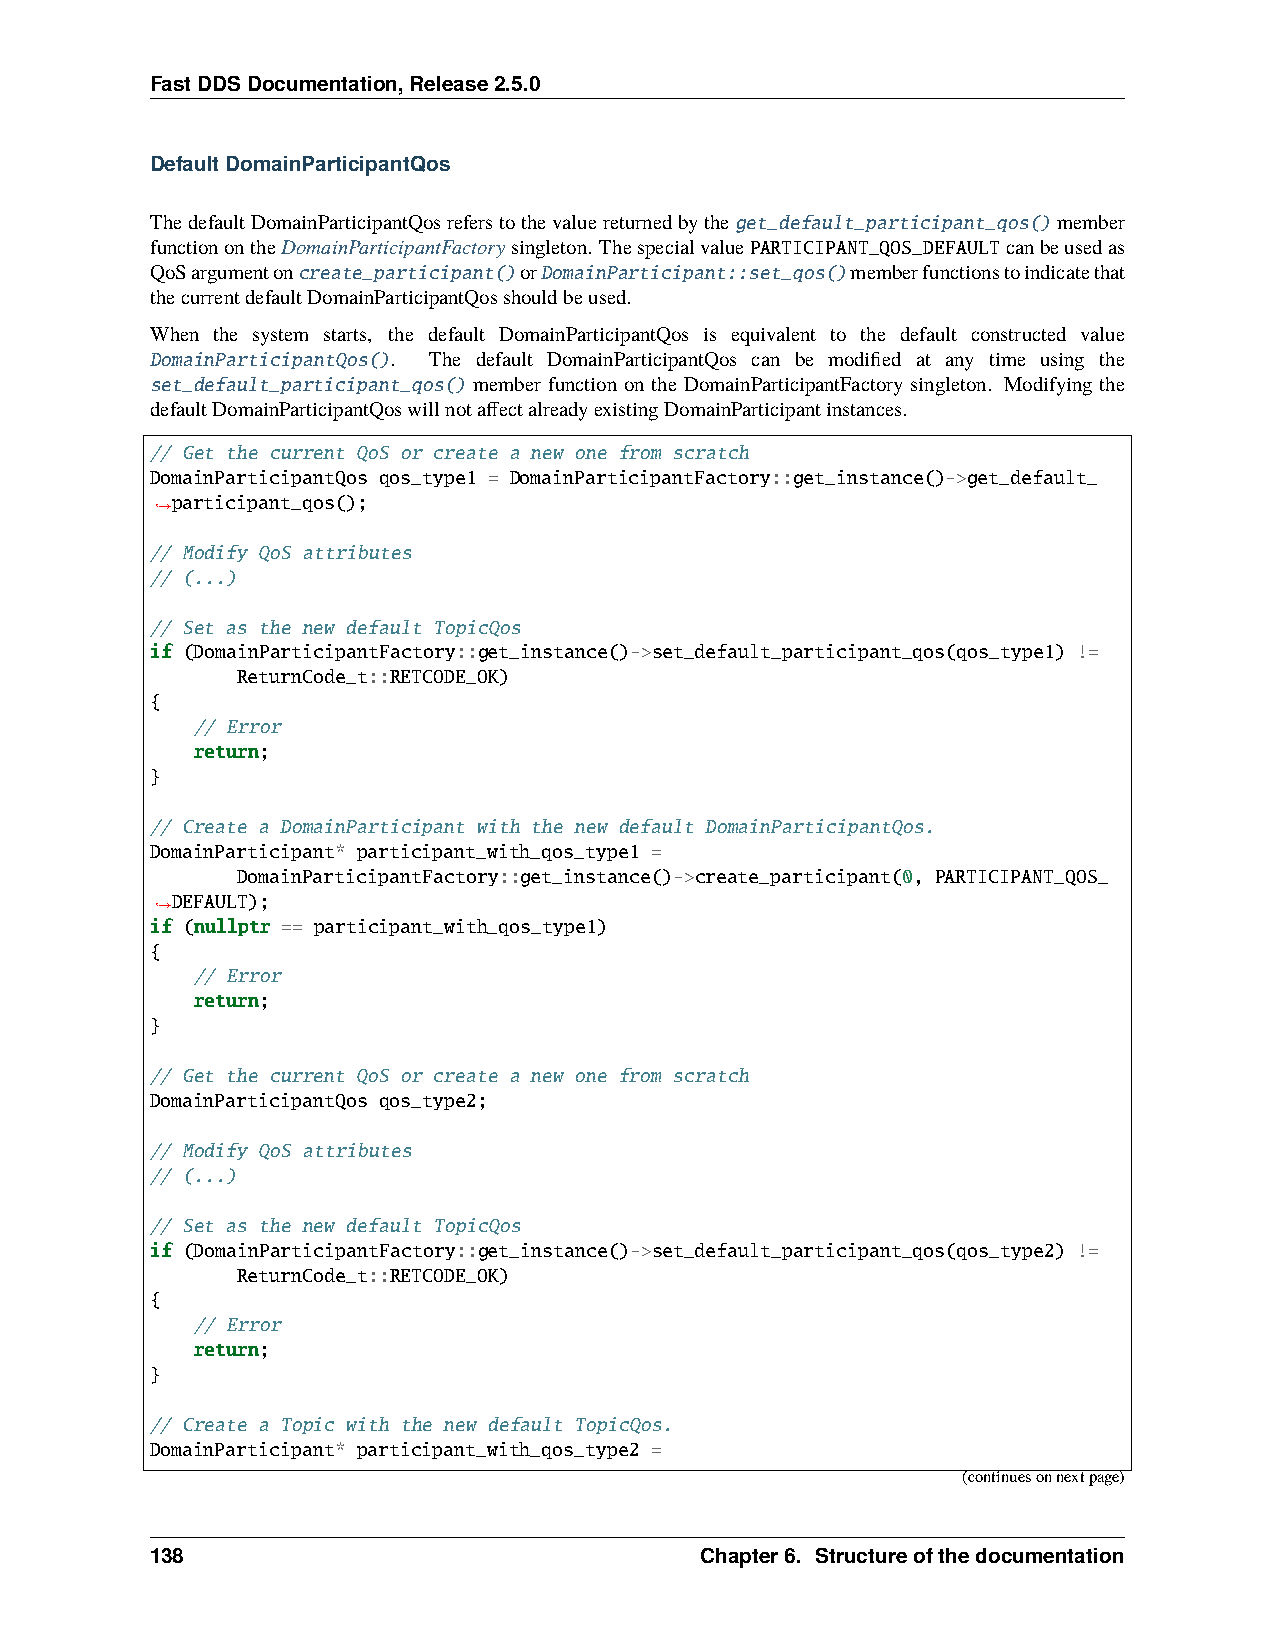
FastDDSDocumentation,Release2.5.0
 DefaultDomainParticipantQos
 ThedefaultDomainParticipantQosreferstothevaluereturnedbytheget_default_participant_qos()member
 functionontheDomainParticipantFactorysingleton. ThespecialvaluePARTICIPANT_QOS_DEFAULTcanbeusedas
 QoSargumentoncreate_participant()orDomainParticipant::set_qos()memberfunctionstoindicatethat
 thecurrentdefaultDomainParticipantQosshouldbeused.
 When the system starts, the default DomainParticipantQos is equivalent to the default constructed value
 DomainParticipantQos(). The default DomainParticipantQos can be modified at any time using the
 set_default_participant_qos() member function on the DomainParticipantFactory singleton. Modifying the
 defaultDomainParticipantQoswillnotaffectalreadyexistingDomainParticipantinstances.
 // Get the current QoS or create a new one from scratch
 DomainParticipantQos qos_type1 = DomainParticipantFactory::get_instance()->get_default_
 participant_qos();
 ˓→
 // Modify QoS attributes
 // (...)
 // Set as the new default TopicQos
 if (DomainParticipantFactory::get_instance()->set_default_participant_qos(qos_type1) !=
 ReturnCode_t::RETCODE_OK)
 {
 // Error
 return;
 }
 // Create a DomainParticipant with the new default DomainParticipantQos.
 DomainParticipant* participant_with_qos_type1 =
 DomainParticipantFactory::get_instance()->create_participant(0, PARTICIPANT_QOS_
 DEFAULT);
 ˓→
 if (nullptr == participant_with_qos_type1)
 {
 // Error
 return;
 }
 // Get the current QoS or create a new one from scratch
 DomainParticipantQos qos_type2;
 // Modify QoS attributes
 // (...)
 // Set as the new default TopicQos
 if (DomainParticipantFactory::get_instance()->set_default_participant_qos(qos_type2) !=
 ReturnCode_t::RETCODE_OK)
 {
 // Error
 return;
 }
 // Create a Topic with the new default TopicQos.
 DomainParticipant* participant_with_qos_type2 =
 (continuesonnextpage)
 138                                 Chapter6. Structureofthedocumentation